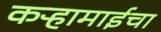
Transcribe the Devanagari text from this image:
कऱ्हामाईचा